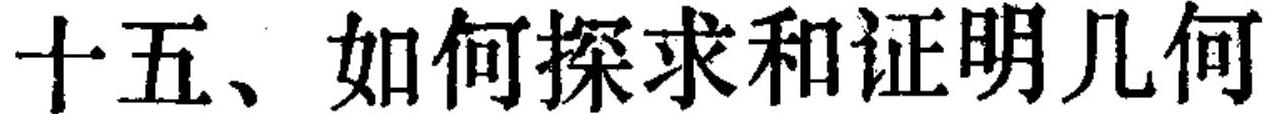
十五、如何探求和证明几何